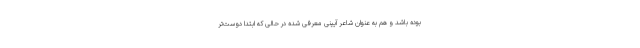
بوده باشد و هم به عنوان شاعر آیینی معرفی شده در حالی که ابتدا دوست‌تر